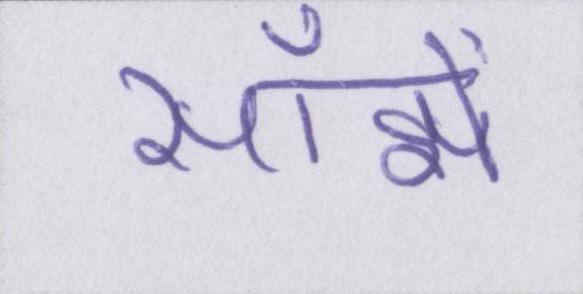
साँझे